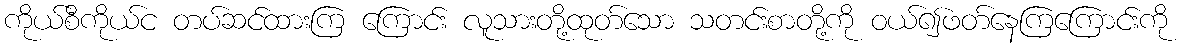
ကိုယ်စီကိုယ်င တပ်ဆင်ထားကြ ကြောင်း လူသားတို့ထုတ်သော သတင်းစာတို့ကို ဝယ်၍ဖတ်နေကြကြောင်းကို